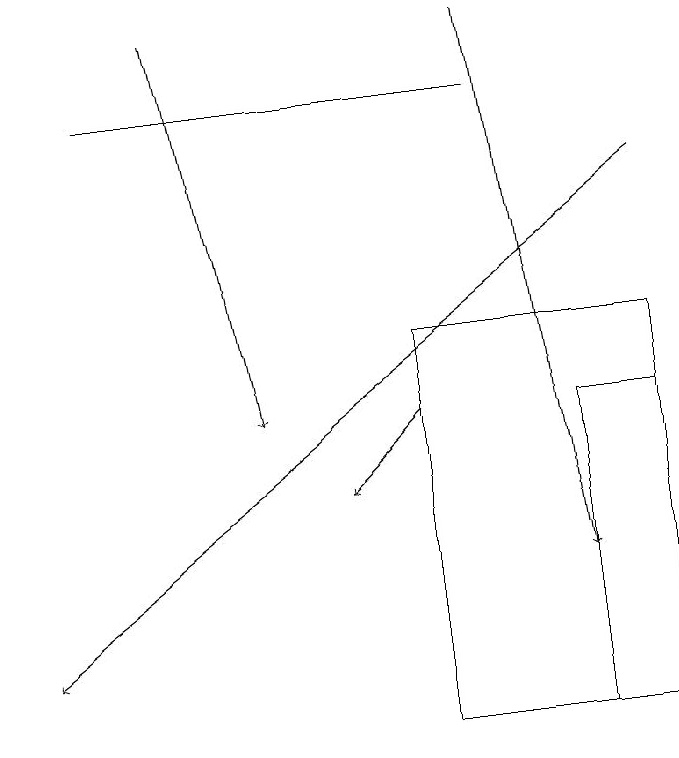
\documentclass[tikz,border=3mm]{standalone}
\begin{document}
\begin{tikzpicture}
\draw (9,14) rectangle (8,10);
\draw[->] (6,14) -- (5,13);
\draw[->] (7,19) -- (8,12);
\draw (6,15) rectangle (9,10);
\draw (7,18) rectangle (2,18);
\draw[->] (9,17) -- (1,11);
\draw[->] (3,19) -- (4,14);
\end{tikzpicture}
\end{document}